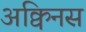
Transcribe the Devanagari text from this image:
अक्विनस